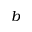
b